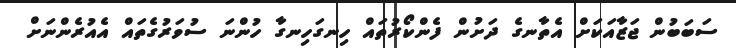
ސަބަބުން ޖަޒާއަކަށް އެތާނގެ ދަށުން ފެންކޯރުތައް ހިނގަހިނގާ ހުންނަ ސުވަރުގެތައް އެއުރެންނަށް